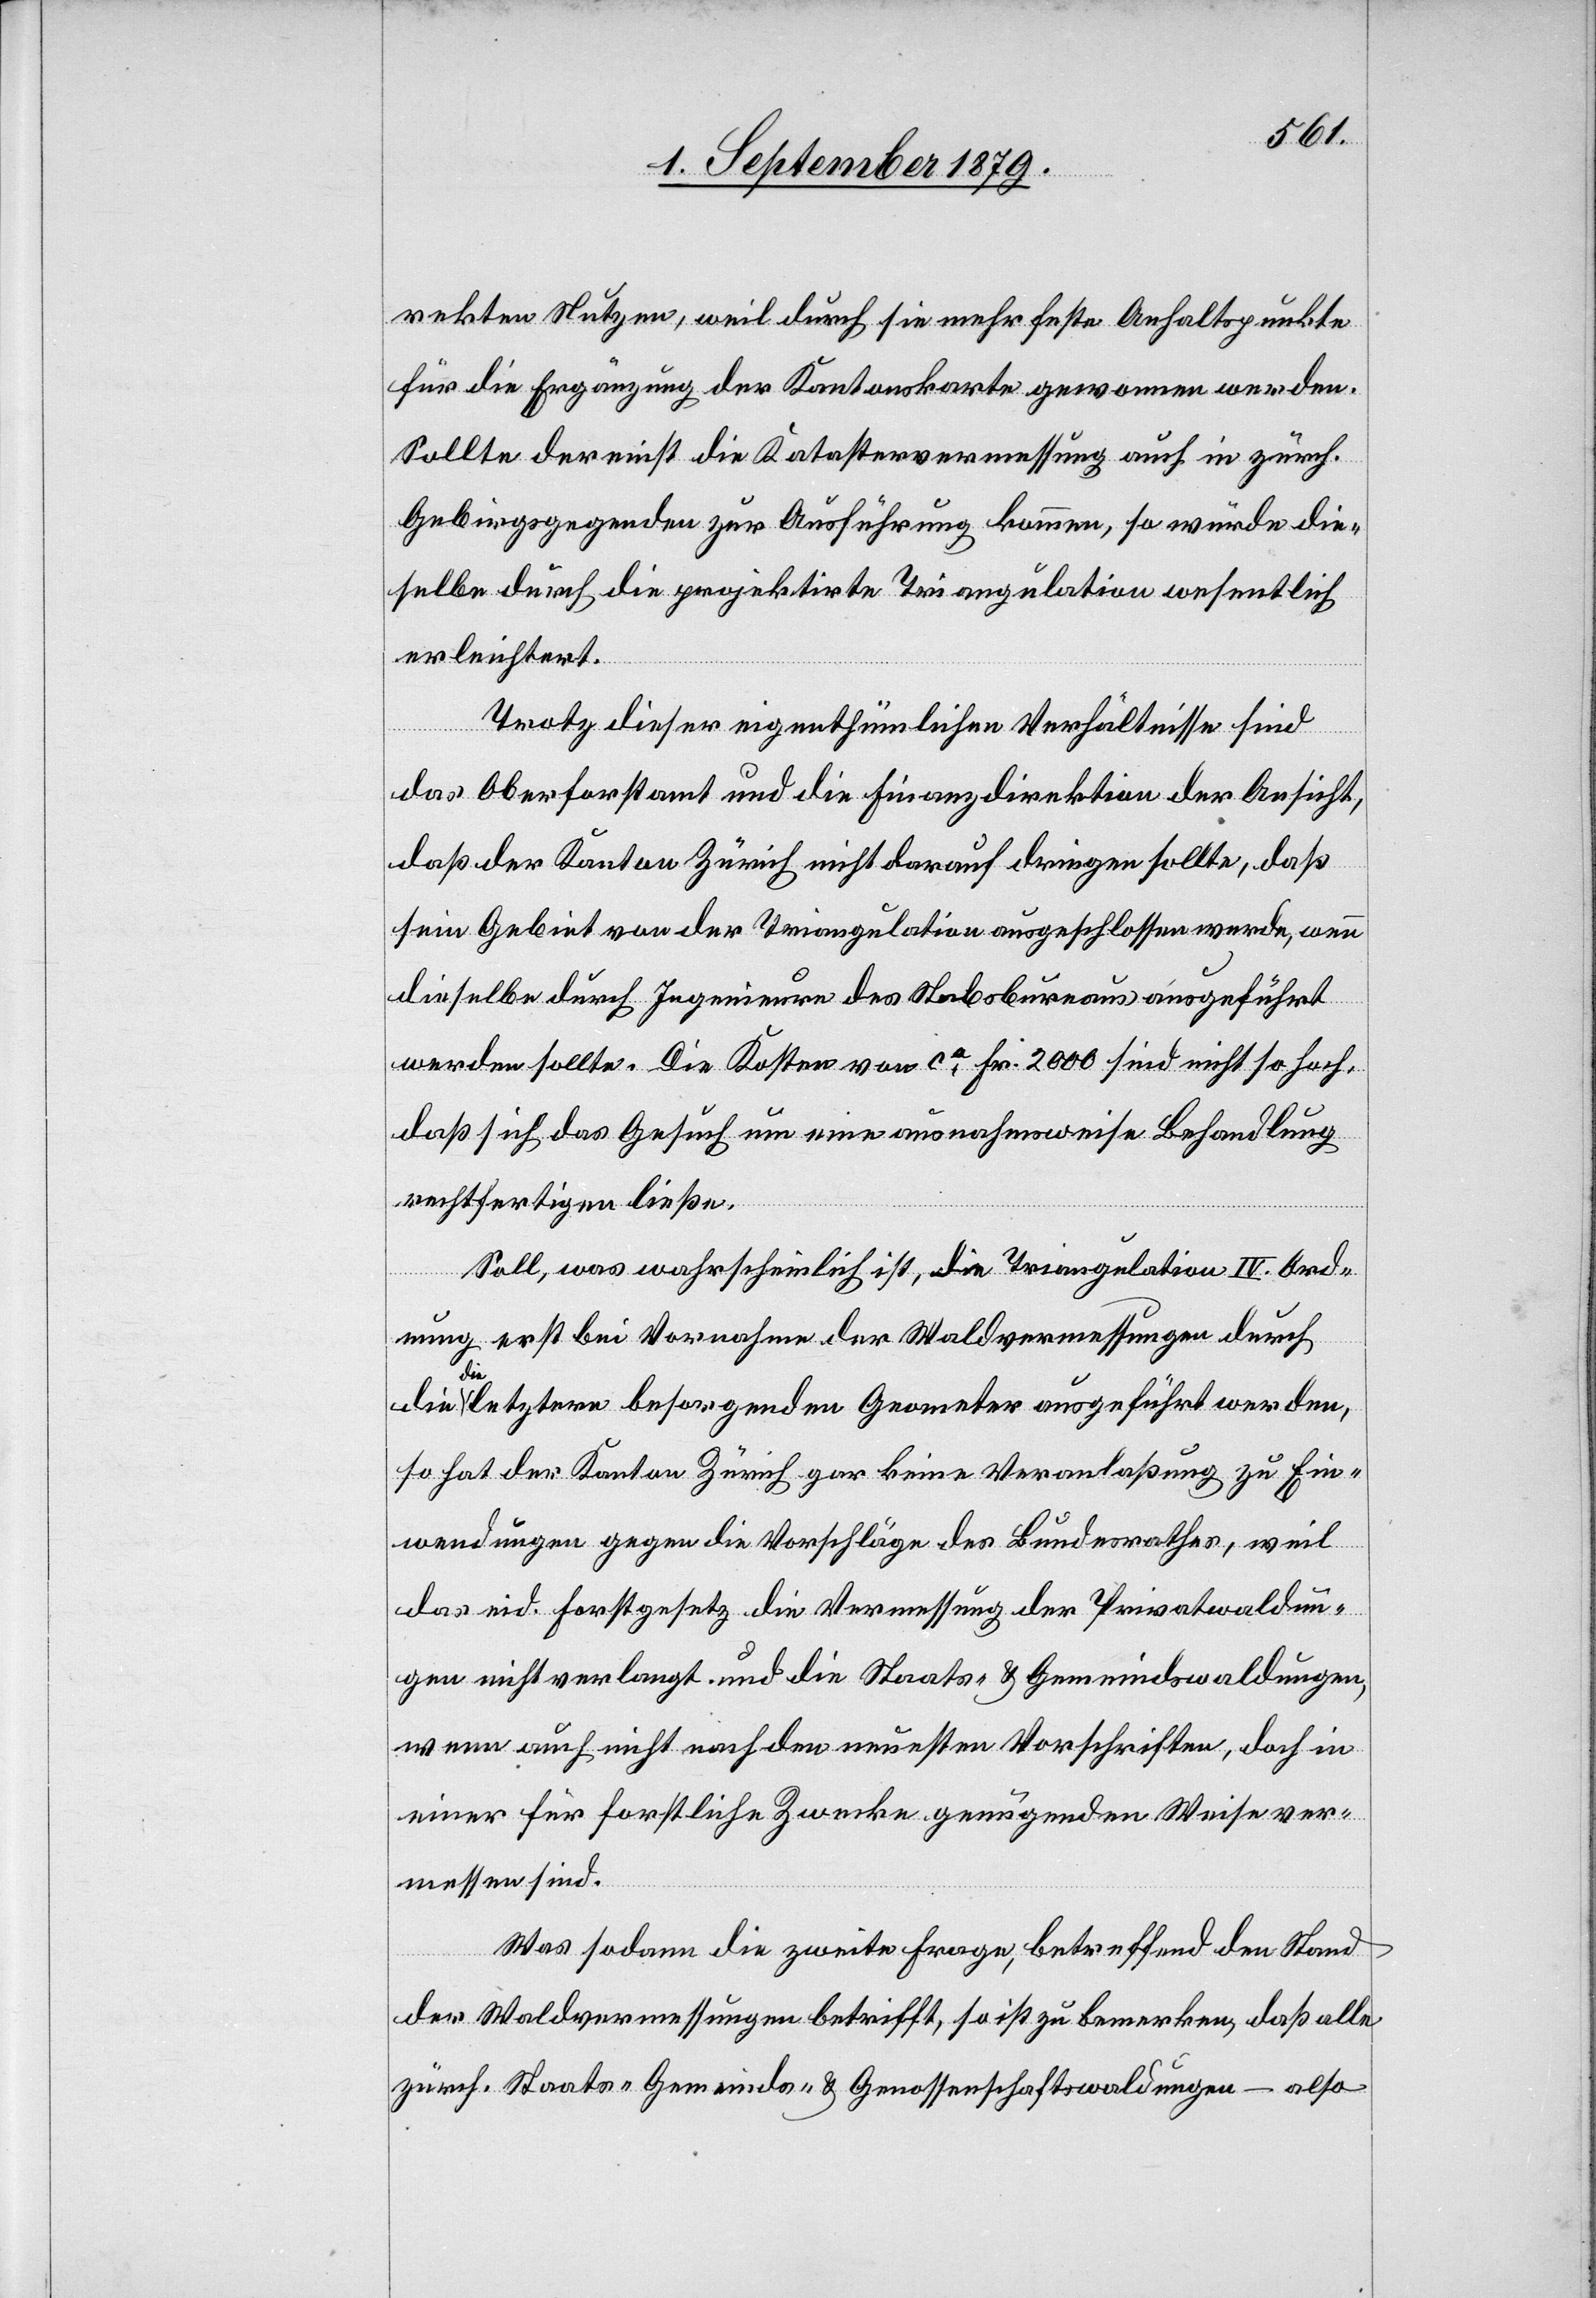
rekten Nutzen, weil durch sie mehr feste Anhaltspunkte
für die Ergänzung der Kantonskarte gewonnen werden.
Sollte dereinst die Katastervermessung auch in zürch.
Gebirgsgegenden zur Ausführung kommen, so würde die¬
selbe durch die projektirte Triangulation wesentlich
erleichtert.
Trotz dieser eigenthümlichen Verhältnisse sind
das Oberforstamt und die Finanzdirektion der Ansicht,
daß der Kanton Zürich nicht darauf dringen sollte, daß
sein Gebiet von der Triangulation ausgeschlossen werden, wenn
dieselbe durch Ingenieure des Stabsbureaus ausgeführt
werden sollte. Die Kosten von ca Fr. 2000 sind nicht so hoch,
daß sich das Gesuch um eine ausnahmsweise Behandlung
rechtfertigen ließe.
Soll, was wahrscheinlich ist, die Triangulation IV. Ord¬
nung erst bei Vornahme der Waldvermessungen durch
die
die letztern besorgenden Geometer ausgeführt werden,
so hat der Kanton Zürich gar keine Veranlaßung zu Ein¬
wendungen gegen die Vorschläge des Bundesrathes, weil
das eid. Forstgesetz die Vermessung der Privatwaldun¬
gen nicht verlangt und die Staats- & Gemeindswaldungen,
wenn auch nicht nach den neuesten Vorschriften, doch in
einer für forstliche Zwecke genügenden Weise ver¬
messen sind.
Was sodann die zweite Frage, betreffend den Stand
der Waldvermessungen betrifft, so ist zu bemerken, daß alle
zürch. Staats- & Gemeinds- & Genossenschaftswaldungen – also